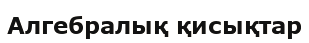
Алгебралық қисықтар